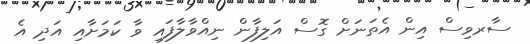
ސާރވިސް އިން އެތަނަށް ގޮސް އަލިފާން ނިއްވާލާފައި ވާ ކަމަށާއި އަދި އެ